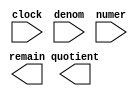
// megafunction wizard: %LPM_DIVIDE%VBB%
// GENERATION: STANDARD
// VERSION: WM1.0
// MODULE: LPM_DIVIDE 

// ============================================================
// Megafunction Name(s):
// 			LPM_DIVIDE
//
// Simulation Library Files(s):
// 			lpm
// ============================================================
// ************************************************************
// THIS IS A WIZARD-GENERATED FILE. DO NOT EDIT THIS FILE!
//
// 12.1 Build 243 01/31/2013 SP 1 SJ Full Version
// ************************************************************

//Copyright (C) 1991-2012 Altera Corporation
//Your use of Altera Corporation's design tools, logic functions 
//and other software and tools, and its AMPP partner logic 
//functions, and any output files from any of the foregoing 
//(including device programming or simulation files), and any 
//associated documentation or information are expressly subject 
//to the terms and conditions of the Altera Program License 
//Subscription Agreement, Altera MegaCore Function License 
//Agreement, or other applicable license agreement, including, 
//without limitation, that your use is for the sole purpose of 
//programming logic devices manufactured by Altera and sold by 
//Altera or its authorized distributors.  Please refer to the 
//applicable agreement for further details.

module int_div (
	clock,
	denom,
	numer,
	quotient,
	remain);

	input	  clock;
	input	[31:0]  denom;
	input	[31:0]  numer;
	output	[31:0]  quotient;
	output	[31:0]  remain;

endmodule

// ============================================================
// CNX file retrieval info
// ============================================================
// Retrieval info: PRIVATE: INTENDED_DEVICE_FAMILY STRING "Stratix III"
// Retrieval info: PRIVATE: PRIVATE_LPM_REMAINDERPOSITIVE STRING "TRUE"
// Retrieval info: PRIVATE: PRIVATE_MAXIMIZE_SPEED NUMERIC "-1"
// Retrieval info: PRIVATE: SYNTH_WRAPPER_GEN_POSTFIX STRING "0"
// Retrieval info: PRIVATE: USING_PIPELINE NUMERIC "1"
// Retrieval info: PRIVATE: VERSION_NUMBER NUMERIC "2"
// Retrieval info: PRIVATE: new_diagram STRING "1"
// Retrieval info: LIBRARY: lpm lpm.lpm_components.all
// Retrieval info: CONSTANT: LPM_DREPRESENTATION STRING "UNSIGNED"
// Retrieval info: CONSTANT: LPM_HINT STRING "LPM_REMAINDERPOSITIVE=TRUE"
// Retrieval info: CONSTANT: LPM_NREPRESENTATION STRING "UNSIGNED"
// Retrieval info: CONSTANT: LPM_PIPELINE NUMERIC "14"
// Retrieval info: CONSTANT: LPM_TYPE STRING "LPM_DIVIDE"
// Retrieval info: CONSTANT: LPM_WIDTHD NUMERIC "32"
// Retrieval info: CONSTANT: LPM_WIDTHN NUMERIC "32"
// Retrieval info: USED_PORT: clock 0 0 0 0 INPUT NODEFVAL "clock"
// Retrieval info: USED_PORT: denom 0 0 32 0 INPUT NODEFVAL "denom[31..0]"
// Retrieval info: USED_PORT: numer 0 0 32 0 INPUT NODEFVAL "numer[31..0]"
// Retrieval info: USED_PORT: quotient 0 0 32 0 OUTPUT NODEFVAL "quotient[31..0]"
// Retrieval info: USED_PORT: remain 0 0 32 0 OUTPUT NODEFVAL "remain[31..0]"
// Retrieval info: CONNECT: @clock 0 0 0 0 clock 0 0 0 0
// Retrieval info: CONNECT: @denom 0 0 32 0 denom 0 0 32 0
// Retrieval info: CONNECT: @numer 0 0 32 0 numer 0 0 32 0
// Retrieval info: CONNECT: quotient 0 0 32 0 @quotient 0 0 32 0
// Retrieval info: CONNECT: remain 0 0 32 0 @remain 0 0 32 0
// Retrieval info: GEN_FILE: TYPE_NORMAL int_div.v TRUE
// Retrieval info: GEN_FILE: TYPE_NORMAL int_div.inc FALSE
// Retrieval info: GEN_FILE: TYPE_NORMAL int_div.cmp FALSE
// Retrieval info: GEN_FILE: TYPE_NORMAL int_div.bsf FALSE
// Retrieval info: GEN_FILE: TYPE_NORMAL int_div_inst.v FALSE
// Retrieval info: GEN_FILE: TYPE_NORMAL int_div_bb.v TRUE
// Retrieval info: LIB_FILE: lpm